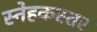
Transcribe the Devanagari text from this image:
स्नेहकस्तर